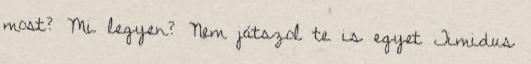
most? Mi legyen? Nem játszol te is egyet Timidus